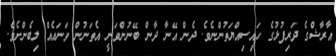
އާރާޝްގެ ދަރިފުޅުގެ ހައިސިއްޔަތުންނެވެ. ދެން އޭނާ ދާން ބޭނުންވަނީ އެތަނުން ވަނައެއް ލިބެންށެވެ.